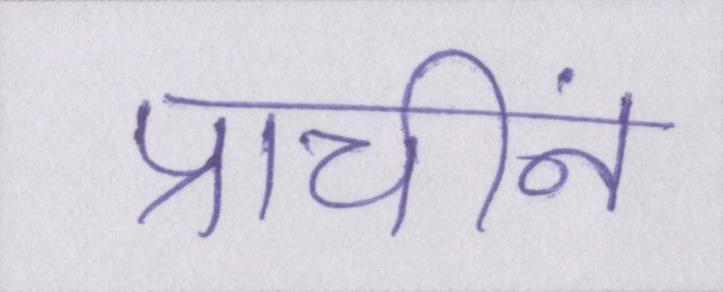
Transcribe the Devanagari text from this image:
प्राचीनं